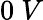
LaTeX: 0\ V